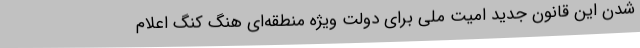
شدن این قانون جدید امیت ملی برای دولت ویژه منطقه‌ای هنگ کنگ اعلام